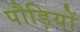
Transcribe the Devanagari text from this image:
पौड़ियों